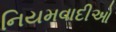
નિયમવાદીઓ